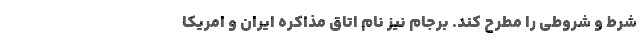
شرط و شروطی را مطرح کند. برجام نیز نام اتاق مذاکره ایران و امریکا